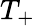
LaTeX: T_{+}